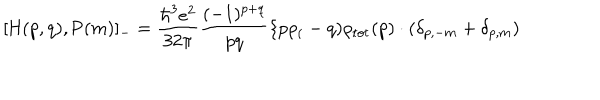
LaTeX: [ \mathrm { H } ( p , q ) , \mathrm { P } ( m ) ] _ { - } = \frac { { \hbar } ^ { 3 } e ^ { 2 } } { 3 2 \pi } \frac { ( - 1 ) ^ { p + q } } { p q } \{ p \rho _ { ( } - q ) \rho _ { \mathrm { t o t } } ( p ) \cdot ( \delta _ { p , - m } + \delta _ { p , m } )